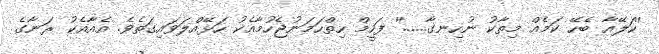
''ކަލޭއާ ބެހޭ ކަމެއް މިތާކު ނުހިނގާ......'' ފަހީމް ހިތްހަމަނުޖެހުމާއެކު ހަޅޭއްލަވައިގަތެވެ. އެއާއެކު ރަނާގެ